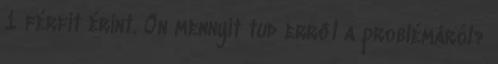
1 férfit érint. Ön mennyit tud erről a problémáról?